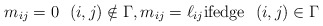
\begin{gather*} m_{ij}=0 \ \ (i,j) \notin \Gamma,m_{ij}= \ell_{ij} \text{ifedge} \ \ (i,j) \in \Gamma\end{gather*}